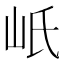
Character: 㞴